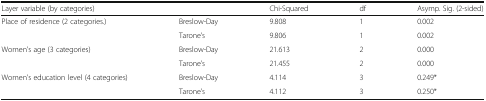
<table><thead><tr><td><b>Layer variable (by categories)</b></td><td></td><td><b>Chi-Squared</b></td><td><b>df</b></td><td><b>Asymp. Sig. (2-sided)</b></td></tr></thead><tbody><tr><td rowspan="2">Place of residence (2 categories.)</td><td>Breslow-Day</td><td>9.808</td><td>1</td><td>0.002</td></tr><tr><td>Tarone’s</td><td>9.806</td><td>1</td><td>0.002</td></tr><tr><td rowspan="2">Women’s age (3 categories)</td><td>Breslow-Day</td><td>21.613</td><td>2</td><td>0.000</td></tr><tr><td>Tarone’s</td><td>21.455</td><td>2</td><td>0.000</td></tr><tr><td rowspan="2">Women’s education level (4 categories)</td><td>Breslow-Day</td><td>4.114</td><td>3</td><td>0.249*</td></tr><tr><td>Tarone’s</td><td>4.112</td><td>3</td><td>0.250*</td></tr></tbody></table>